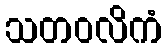
သတဝလိကံ